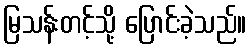
မြသန်းတင့်သို့ ပြောင်းခဲ့သည်။